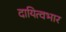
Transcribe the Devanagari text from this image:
दायित्वभार